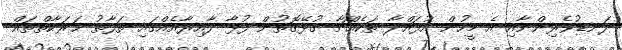
ދަނޑުވެރިންނާއި އެ މީހުން އުފައްދާ ތަކެއްޗާ ގުޅޭގޮތުން ފުޅާ ދާއިރާއެއްގައި ތަފާތު ޙަރަކާތްތައް